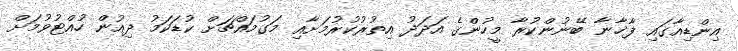
އިންޑިއާގައި ފާޚާނާ ބޭނުންކުރާ މީހުންގެ އަދަދު އިތުރުކުރުމަށާއި މަގުމައްޗަށް ކުޑަކަމު ދިއުން ހުއްޓުވުމަށް